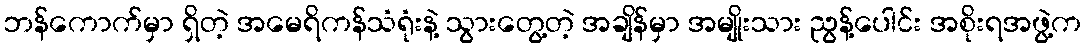
ဘန်ကောက်မှာ ရှိတဲ့ အမေရိကန်သံရုံးနဲ့ သွားတွေ့တဲ့ အချိန်မှာ အမျိုးသား ညွန့်ပေါင်း အစိုးရအဖွဲ့က